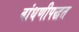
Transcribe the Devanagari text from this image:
बांधणीपद्धत